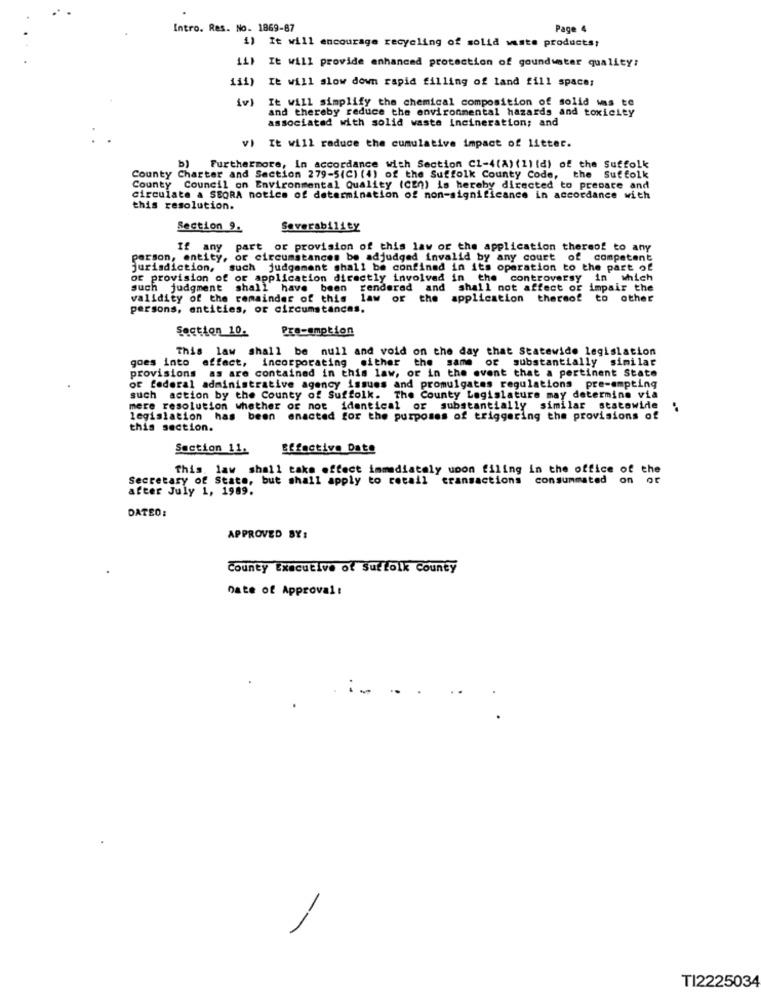
Intro. Res. No. 1869-87
Page 4
1) It will encourage recycling of solid waste products:
11) It will provide enhanced protection of goundunter quality:
iii) It will slow down rapid filling of land fill spaces
iv)
It will simplify the chemical composition of solid was te
and thereby reduce the environmental hazards and toxicity
associated with solid waste incineration; and
) It will reduce the cumulative impact of litter.
b) Furthermore, In accordance with Section C1-4(A) (1) (d) of the Suffolk
County Charter and Section 279-5(C) (4) of the Suffolk County Code, the Suffolk
County Council on Environmental Quality (CEn) is hereby directed to prepare and
circulate a SEORA notice of determination of non-significance in accordance with
this resolution.
Section 9.
Severabi11ey
If any part or provision of this law or the application thereof to any
person, entity, or circumstances be adjudged invalid by any court of competent
jurisdiction, such judgement shall be confined in its operation to the part of
or provision of or application directly involved in the controversy in which
such judgment shall have been rendered and shall not affect or impair the
validity of the remainder of this law or the
application thereof to other
persons, entities, or circumstances.
Section 10.
Pre-emption
This law shall be null and void on the day that Statewide legislation
goes into effect, incorporating either the same or substantially similar
provisions as are contained in this law, or in the event that a pertinent State
or federal administrative agency issues and promulgates regulations pre-empting
such action by the County of Suffolk. The County Legislature may determine via
mere resolution whether or not identical or substantially similar statewide "
legislation has been enacted for the purposes of triggering the provisions of
this section.
Section 11.
Effective Date
This, law shall take effect immediately upon filing in the office of the
Secretary of State, but shall apply to retail transactions consummated on or
after July 1, 1989.
DATEO:
APPROVED BY:
County Executive of Suffolk County
Date of Approval:
TI2225034